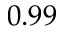
0 . 9 9